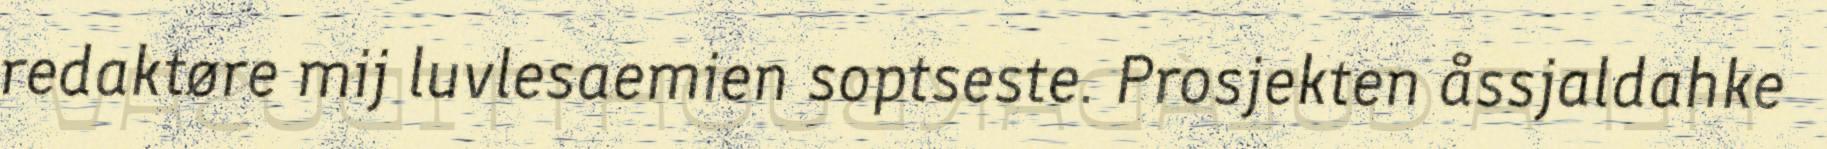
redaktøre mij luvlesaemien soptseste. Prosjekten åssjaldahke